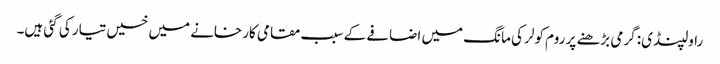
راولپنڈی: گرمی بڑھنے پر روم کولر کی مانگ میں اضافے کے سبب مقامی کارخانے میں خسیں تیار کی گئی ہیں۔